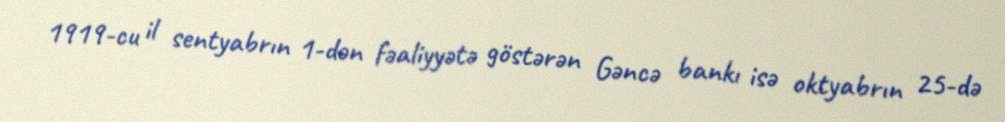
1919-cu il sentyabrın 1-dən fəaliyyətə göstərən Gəncə bankı isə oktyabrın 25-də